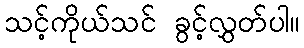
သင့်ကိုယ်သင် ခွင့်လွှတ်ပါ။